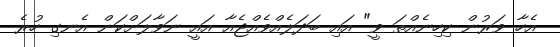
އެހާ ވަރުން ކިހިނެއްތަ ވީ" އައި ބަދަލެއްވެއްޖެއާ އައީ ނަވާލަށްކަން އެނގި ހުރެ